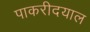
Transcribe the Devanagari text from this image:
पाकरीदयाल